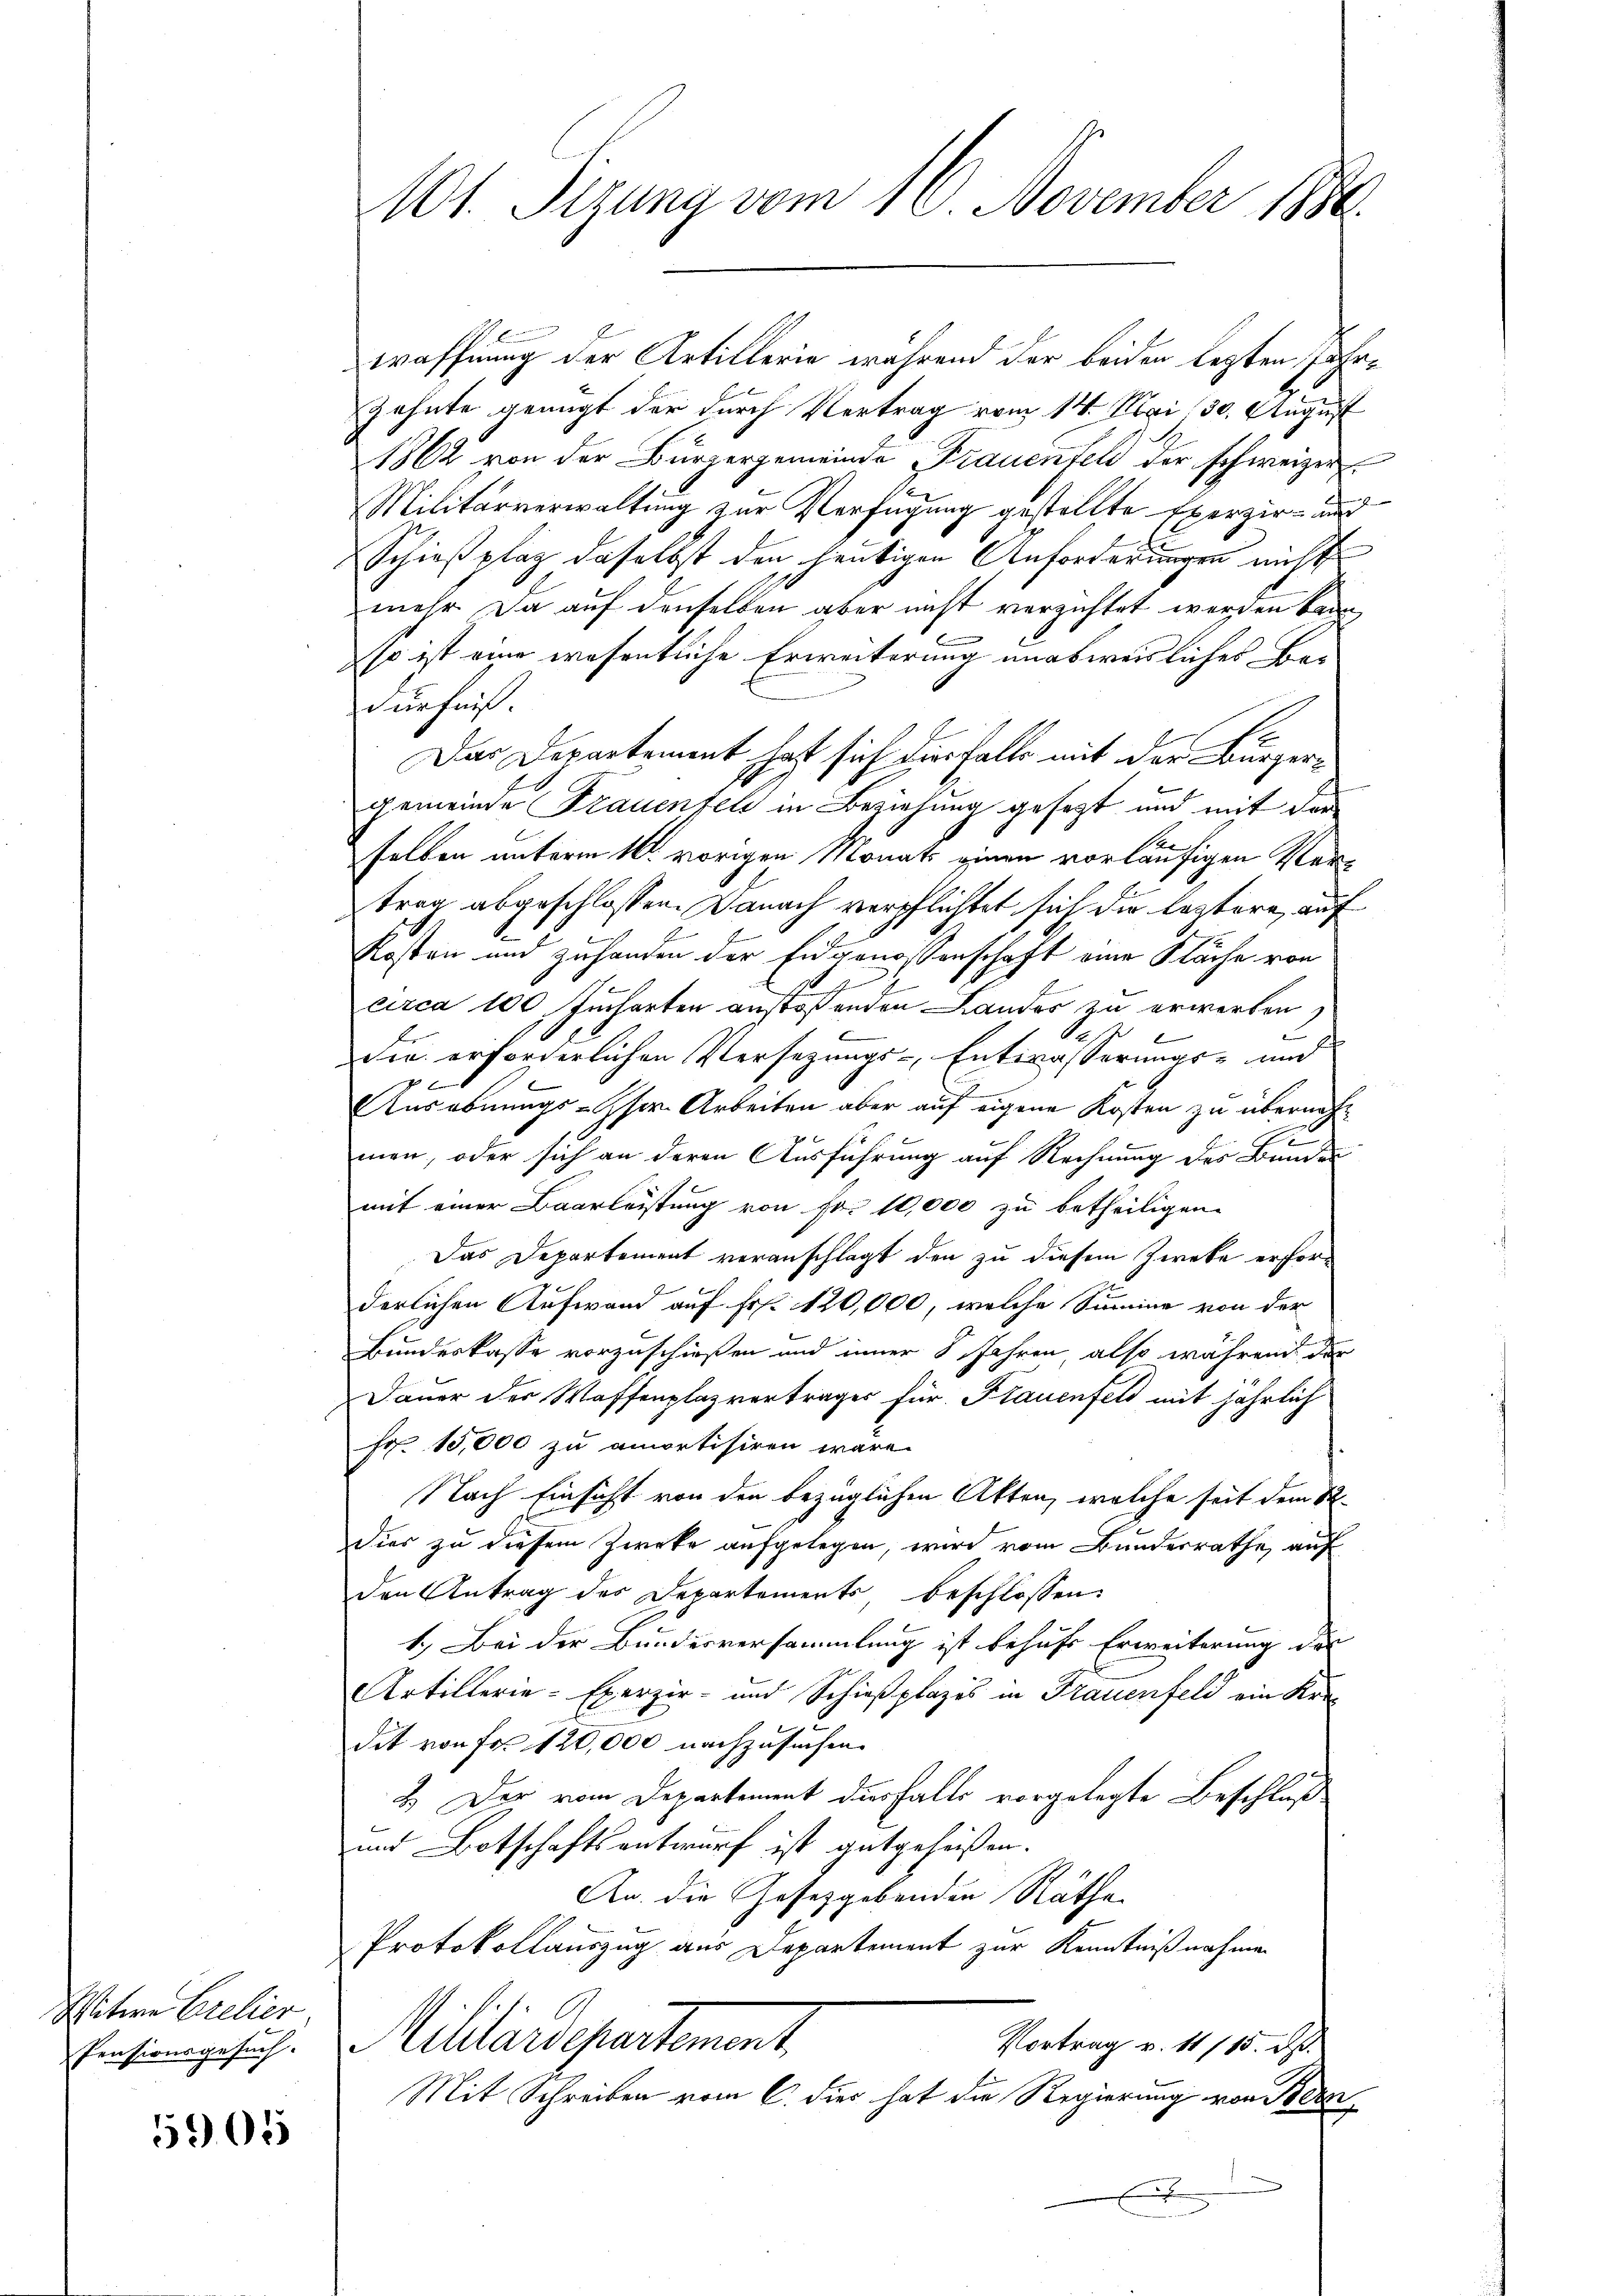
Witwe Crelier
Pensionsgesuch.

5905

101. Sizung vom 16. November 1890.

waffnung der Artillerie während der beiden lezten Jahr¬
Gehnte genügt der durch Vertrag vom 14. Mai 130. August
1862 von der Bürgergemeinde Frauenfeld der schweizer
Militärverwaltung zur Verfügung gestellte Exerzir- und
Schießplaz daselbst den heutigen Anforderungen nicht
mehr da auf denselben aber nicht verzichtet werden kann,
so ist eine wesentliche Erweiterung unabweisliches Be-
dürfniß.
Das Departement hat sich diesfalles mit der Burgergemeinde Frauenfeli in Beziehung gesetzt und mit der
selben unterm 16. vorigen Monats einen vorläufigen Vertrag abgeschlossen. Danach verpflichtet sich die leztere, auf
Kosten und zuhanden der Eidgenossenschaft eine Fläche von
circa 100 Jucharten anstoßenden Landos zu erworben
be
Die erforderlichen Versezungs-Entwässerungs- und
f f
Ausobnungs-Iser. Arbeiten aber auf eigene Kosten zu übernache
men, oder sich an deren Ausführung auf Rechnung des Bundes
mit einer Baarleistung von Fr. 10,000 zu betheiligen.
Das Departement veranschlagt den zu diesem Zweke erforderlichen Aufwand auf Fr. 120,000, welche Summe von der
Bundeskasse vorzuschießen und inner 8 Jahren, also während der
Dauer der Waffenplaz vertrages für Frauenfeld mit jährlich
Fr. 15,000 zu amortisiren wäre.
Nach Einsicht von den bezüglichen Akten, welche seit dem St.
Dies zu diesem Zwecke aufgelegen, wird vom Bundesrathe auf
den Antrag des Departements beschlossen:
1.) Bei der Bundesversammlung ist behufs Erweiterung des
Artillerie-Exerzir- und Schießplazes in Frauenfeld ein Kre
dit von Fr. 120,000 nachzusuchen.
2.) Der vom Departement diesfalls vorgelegte Beschluß
und Botschaftsantwurf ist gutgeheißen.
An die Gesetzgebenden Räthe
Protokollauszug aus Departement zur Kenntnißnahmen
Militärdepartement.
Vortrag v. 11115. ds.
Mit Schreiben vom 6. dies hat die Regierung von Been
.